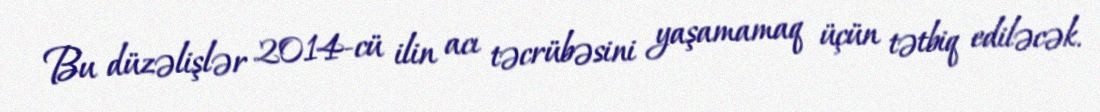
Bu düzəlişlər 2014-cü ilin acı təcrübəsini yaşamamaq üçün tətbiq ediləcək.